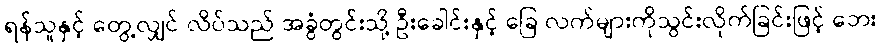
ရန်သူနှင့် တွေ့လျှင် လိပ်သည် အခွံတွင်းသို့ ဦးခေါင်းနှင့် ခြေ လက်များကိုသွင်းလိုက်ခြင်းဖြင့် ဘေး